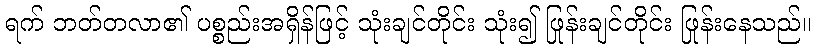
ရက် ဘတ်တလာ၏ ပစ္စည်းအရှိန်ဖြင့် သုံးချင်တိုင်း သုံး၍ ဖြုန်းချင်တိုင်း ဖြုန်းနေသည်။